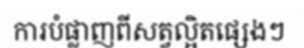
ការបំផ្លាញពីសត្វល្អិតផ្សេងៗ